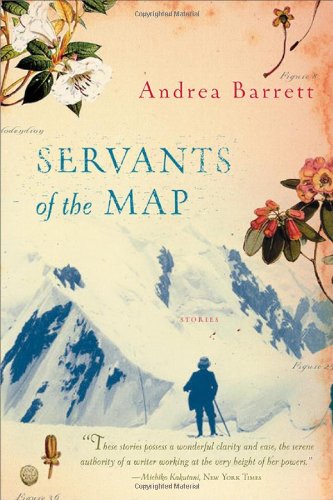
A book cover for Servants of the Map: Stories; Andrea Barrett; Literature & Fiction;